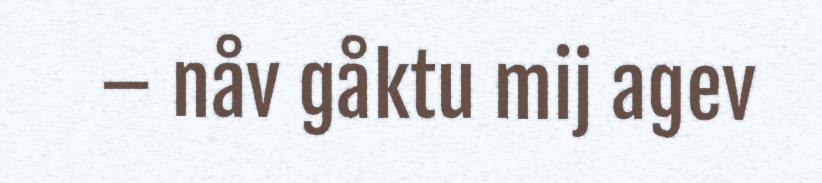
– nåv gåktu mij agev